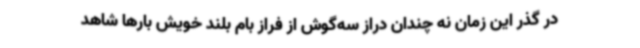
در گذر این زمان نه چندان دراز سه‌گوش از فراز بام بلند خویش بارها شاهد